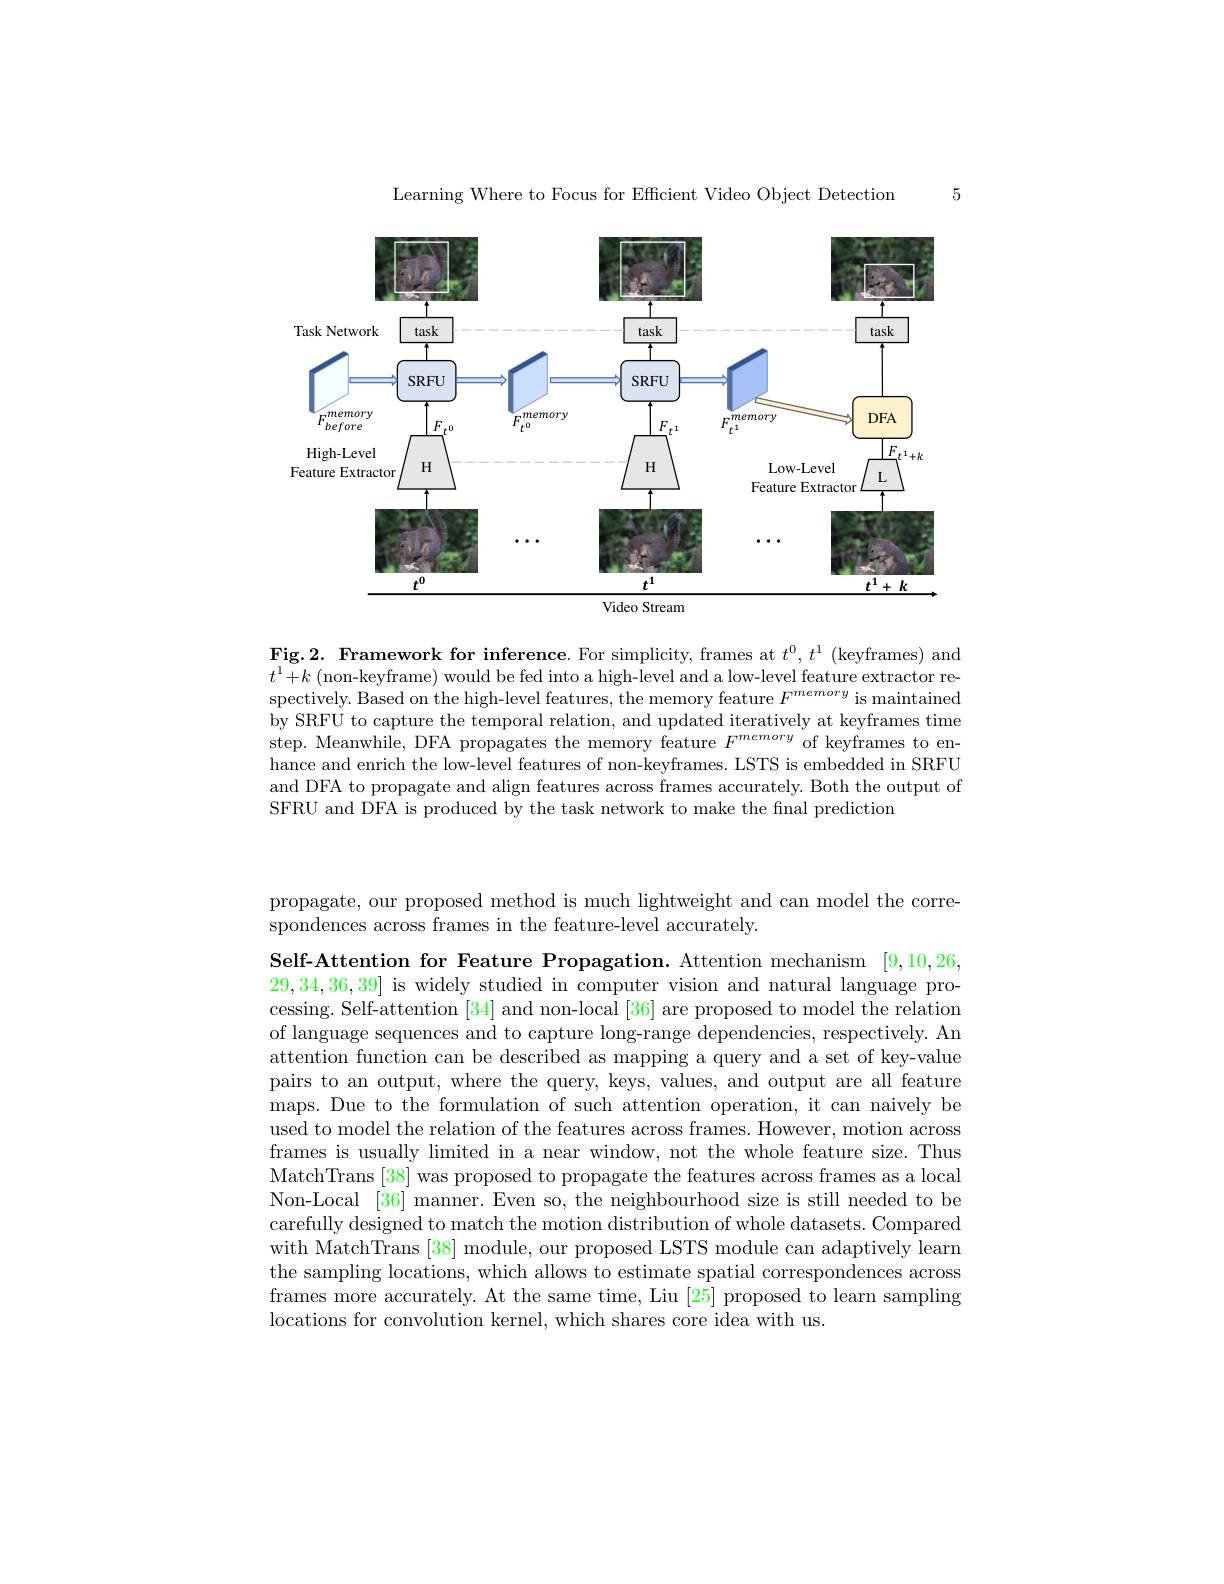
5

Learning Where to Focus for Efficient Video Object Detection

<FigureHere>

Fig.2. Framework for inference. For simplicity, frames at $t^0,t^1$ (keyframes) and $t^{1}+k$ (non-keyframe) would be fed into a high-level and a low-level feature extractor respectively. Based on the high-level features, the memory feature $F^{memory}$ is maintained by SRFU to capture the temporal relation, and updated iteratively at keyframes time step. Meanwhile, DFA propagates the memory feature $F^{memory}$ of keyframes to enhance and enrich the low-level features of non-keyframes. LSTS is embedded in SRFU and DFA to propagate and align features across frames accurately. Both the output of SFRU and DFA is produced by the task network to make the fnal prediction

propagate, our proposed method is much lightweight and can model the corre-
spondences across frames in the feature-level accurately.

Self-Attention for Feature Propagation. Attention mechanism [9,10,26, 29,34,36,39] is widely studied in computer vision and natural language pro-

cessing. Self-attention [34] and non-local [36] are proposed to model the relation of language sequences and to capture long-range dependencies, respectively. An attention function can be described as mapping a query and a set of key-value pairs to an output, where the query, keys, values, and output are all feature maps. Due to the formulation of such attention operation, it can naively be used to model the relation of the features across frames. However, motion across frames is usually limited in a near window, not the whole feature size. Thus MatchTrans [38] was proposed to propagate the features across frames as a local Non-Local [36] manner. Even so, the neighbourhood size is still needed to be carefully designed to match the motion distribution of whole datasets. Compared with MatchTrans [38] module, our proposed LSTS module can adaptively learn the sampling locations, which allows to estimate spatial correspondences across frames more accurately. At the same time, Liu [25] proposed to learn sampling locations for convolution kernel, which shares core idea with us.